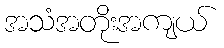
အသံအတိုးအကျယ်